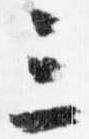
三